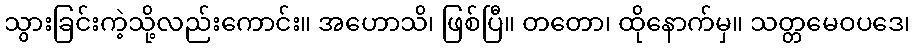
သွားခြင်းကဲ့သို့လည်းကောင်း။ အဟောသိ၊ ဖြစ်ပြီ။ တတော၊ ထိုနောက်မှ။ သတ္တမေဝပဒေ၊